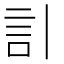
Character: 𧥞